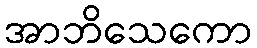
အာဘိသေကော